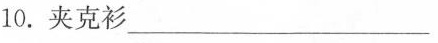
10.夹克衫___